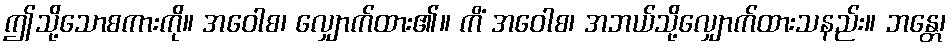
ဤသို့သောစကားကို။ အဝေါစ၊ လျှောက်ထား၏။ ကိံ အဝေါစ၊ အဘယ်သို့လျှောက်ထားသနည်း။ ဘန္တေ၊